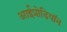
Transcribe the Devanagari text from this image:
आईप्रोडियॉन